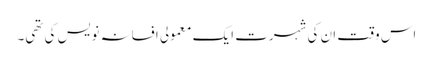
اس وقت ان کی شہرت ایک معمولی افسانہ نویس کی تھی۔